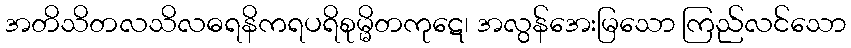
အတိသိတလသိလဓရနိကရပရိစုမ္မိတကုဋေ၊ အလွန်အေးမြသော ကြည်လင်သော